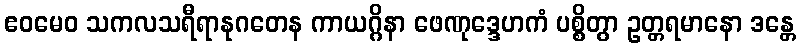
ဧဝမေဝ သကလသရီရာနုဂတေန ကာယဂ္ဂိနာ ဖေဏုဒ္ဒေဟကံ ပစ္စိတွာ ဥတ္တရမာနော ဒန္တေ